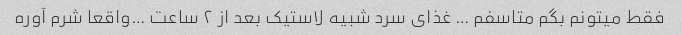
فقط میتونم بگم متاسفم … غذای سرد شبیه لاستیک بعد از ۲ ساعت …واقعا شرم آوره